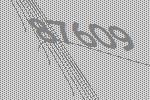
87609